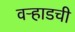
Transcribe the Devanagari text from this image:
वऱ्हाडची